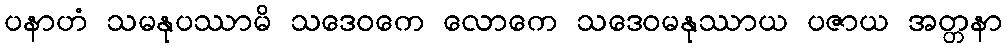
ပနာဟံ သမနုပဿာမိ သဒေဝကေ လောကေ သဒေဝမနုဿာယ ပဇာယ အတ္တနာ